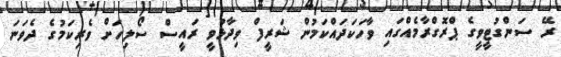
ރޭ ސަންގުޓީވީގެ ޕްރޮގްރާމެއްގައި ވާހަކަދައްކަމުން ޝަރީފް ވިދާޅުވީ ރައީސް ސޯލިހަށް ވެރިކަމުގެ ދެވަނަ